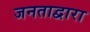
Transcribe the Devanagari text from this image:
जनताद्वारा